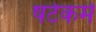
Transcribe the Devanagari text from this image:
षटेकर्म